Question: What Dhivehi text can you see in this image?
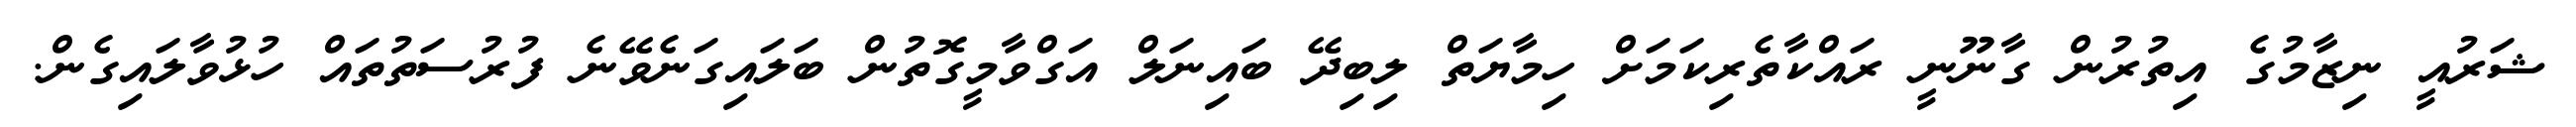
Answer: ޝަރުއީ ނިޒާމުގެ އިތުރުން ގާނޫނީ ރައްކާތެރިކަމަށް ހިމާޔަތް ލިބިދޭ ބައިނަލް އަގްވާމީގޮތުން ބަލައިގަނެވޭނެ ފުރުސަތުތައް ހުޅުވާލައިގެން.